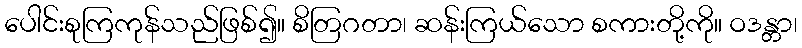
ပေါင်းစုကြကုန်သည်ဖြစ်၍။ စိတြဂတာ၊ ဆန်းကြယ်သော စကားတို့ကို။ ဝဒန္တာ၊